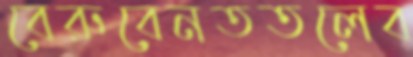
বেরুবেনততলেব